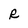
Character: R